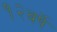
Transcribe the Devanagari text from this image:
१२वर्षे